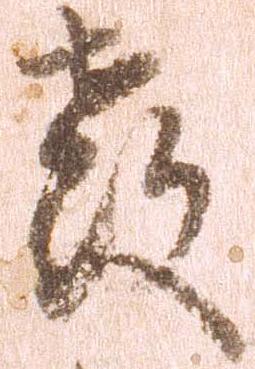
教